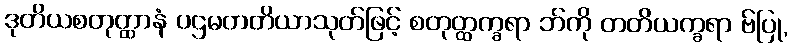
ဒုတိယစတုတ္ထာနံ ပဌမတတိယာသုတ်ဖြင့် စတုတ္ထက္ခရာ ဘ်ကို တတိယက္ခရာ ဗ်ပြု,